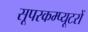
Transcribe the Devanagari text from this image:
सूपरकम्प्यूटरों